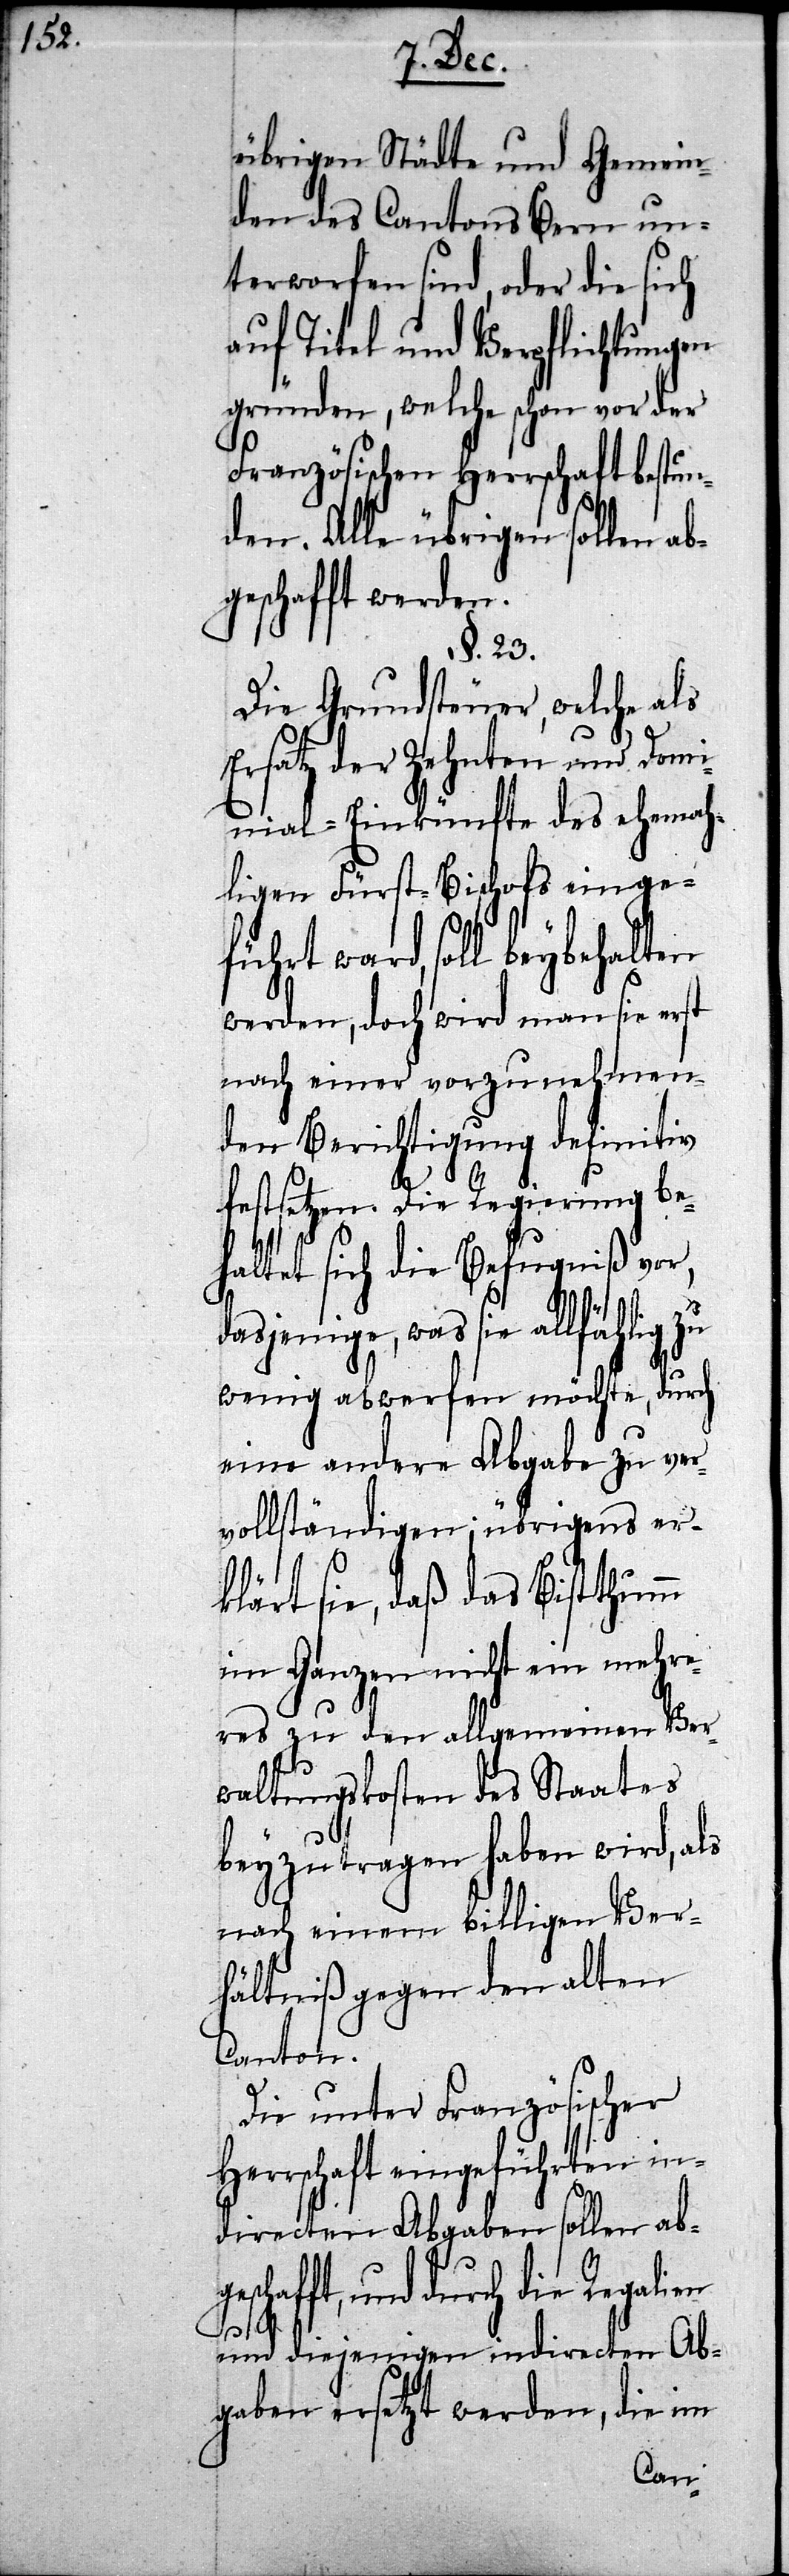
gesc¬
übrigen Städte und Gemein¬
den des Cantons Bern un¬
terworfen sind, oder die si¬
auf Titel und Verpflichtungen
gründen, welche schon vor der
Französischen Herrschaft bestu¬
nden. Alle übrigen sollen ab¬
geschafft werden.
§. 23.
Die Grundsteuer, welche als
Ersatz der Zehnten und Domi¬
nial-Einkünfte des ehemah¬
ligen Fürst-Bischofs einge¬
führt ward, soll beybehalten
werden, doch wird man sie erst
nach einer vorzunehmen¬
den Berichtigung definitiv
festsetzen. Die Regierung be¬
haltet sich die Befugniß vor,
dasjenige, was sie allfählig zu
wenig abwerfen möchte, durch
eine andere Abgabe zu ver¬
vollständigen; übrigens er¬
klärt sie, daß das Bistthumm
im Ganzen nicht ein mehr¬
eres zu den allgemeinen Ver¬
waltungskosten des Staates
beyzutragen haben wird, als
nach einem billigen Ver¬
hältniß gegen den alten
Canton.
Die unter Französischer
Herrschaft eingeführten in¬
directen Abgaben sollen ab¬
hafft, und durch die Regalien
ch
und diejenigen indirecten Ab¬
gaben ersetzt werden, die im